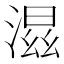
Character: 𣺝